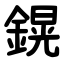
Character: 鎤